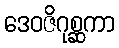
ဒေဝဇိဂုစ္ဆကာ